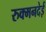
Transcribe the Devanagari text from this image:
रुक्मनदेई